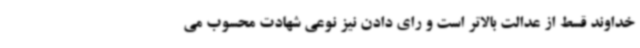
خداوند قسط از عدالت بالاتر است و رای دادن نیز نوعی شهادت محسوب می